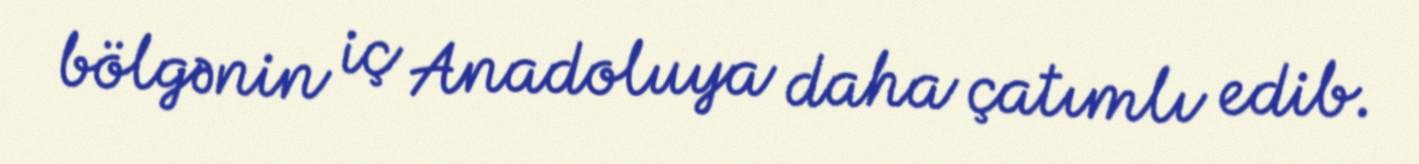
bölgənin iç Anadoluya daha çatımlı edib.